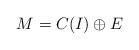
LaTeX: \begin{align*} M = C(I) \oplus E\end{align*}